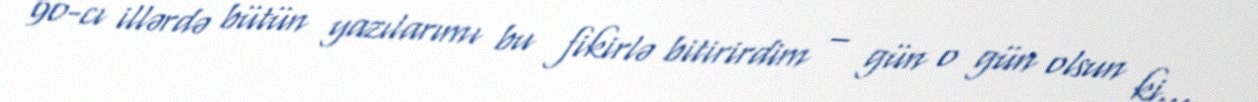
90-cı illərdə bütün yazılarımı bu fikirlə bitirirdim – gün o gün olsun ki…